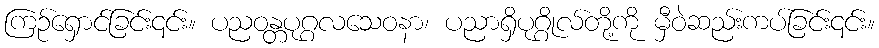
ကြဉ်ရှောင်ခြင်း၎င်း။ ပညဝန္တပုဂ္ဂလသေဝနာ၊ ပညာရှိပုဂ္ဂိုလ်တို့ကို မှီဝဲဆည်းကပ်ခြင်း၎င်း။